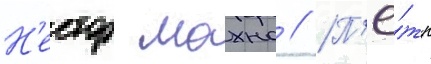
Н'естор махно // П'ё́тр